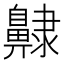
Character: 齂